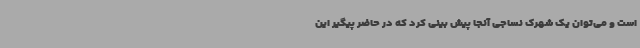
است و می‌توان یک شهرک نساجی آنجا پیش بینی کرد که در حاضر پیگیر این